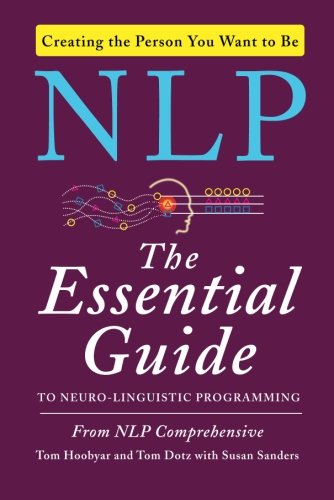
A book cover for NLP: The Essential Guide to Neuro-Linguistic Programming; NLP Comprehensive; Self-Help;